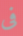
فى